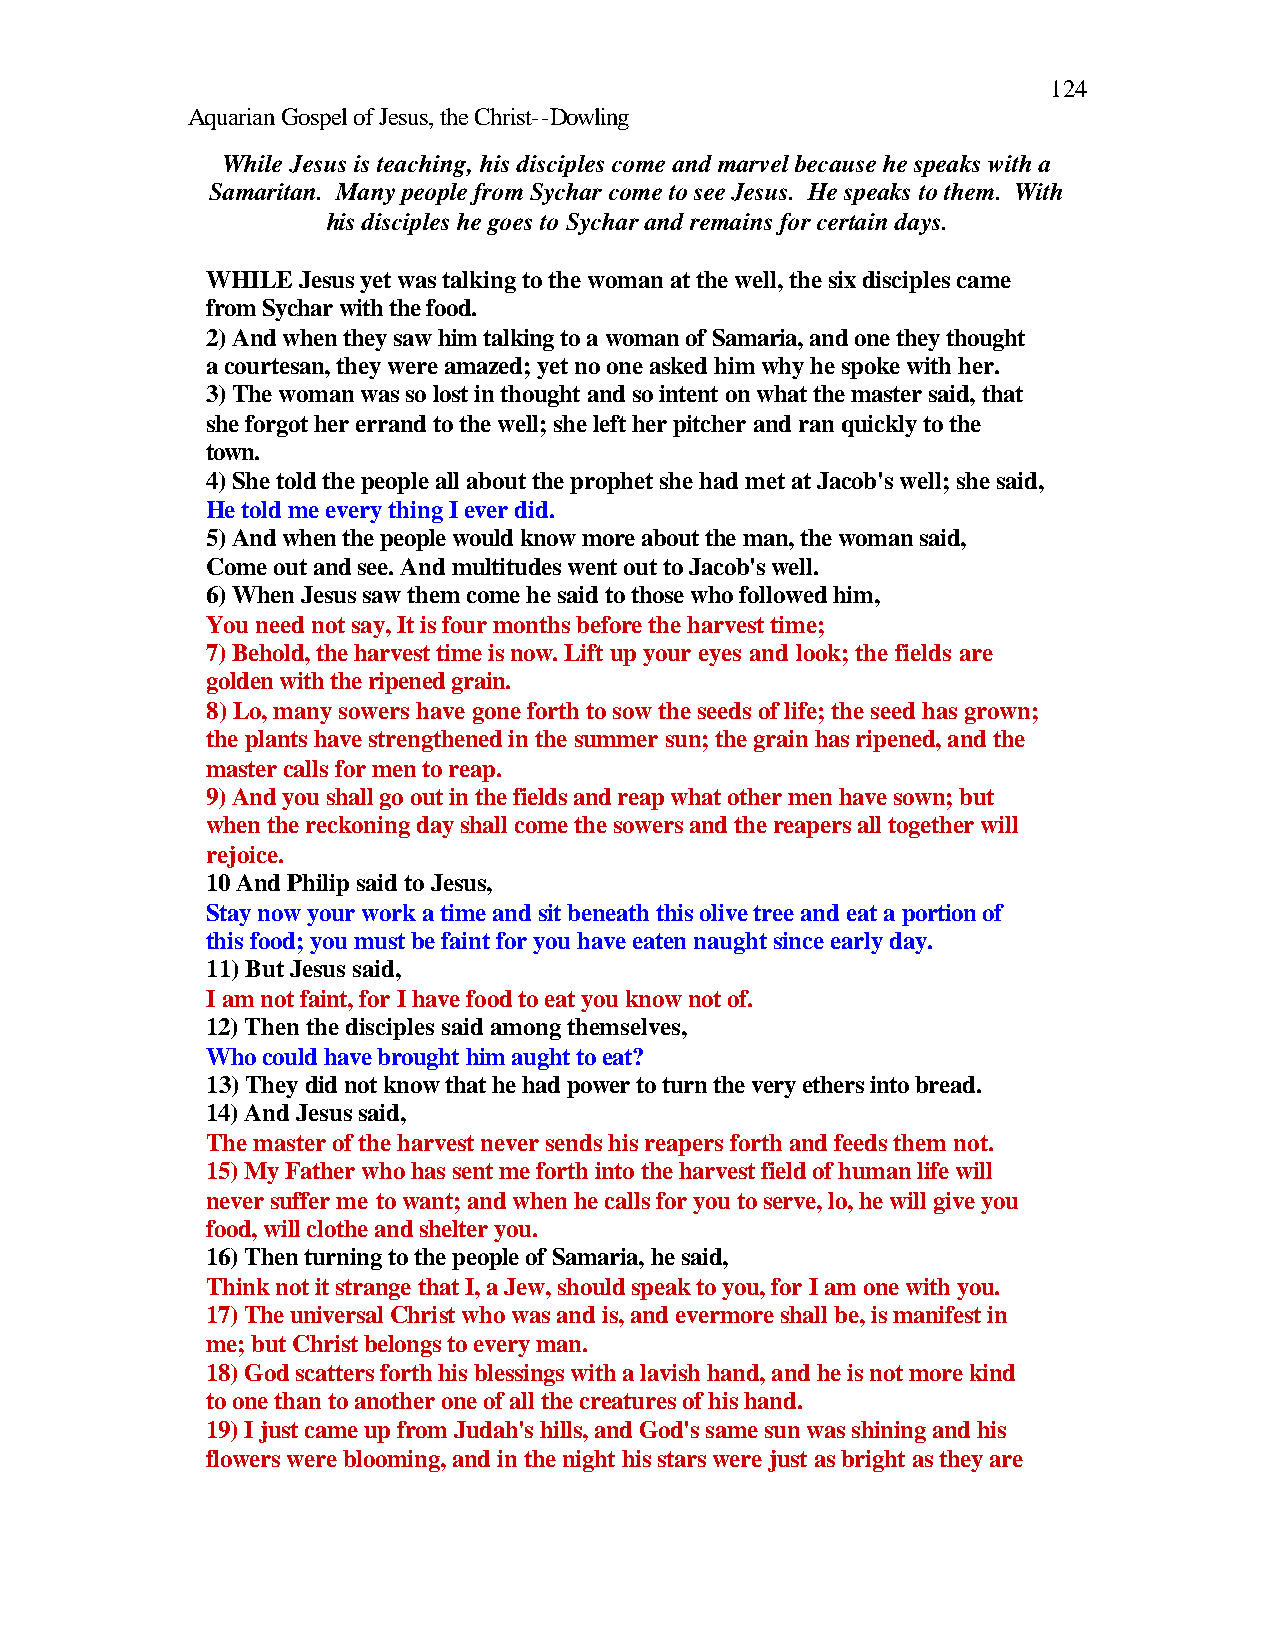
124
 Aquarian Gospel of Jesus, the Christ--Dowling
 While Jesus is teaching, his disciples come and marvel because he speaks with a
 Samaritan. Many people from Sychar come to see Jesus. He speaks to them. With
 his disciples he goes to Sychar and remains for certain days.
 WHILE Jesus yet was talking to the woman at the well, the six disciples came
 from Sychar with the food.
 2) And when they saw him talking to a woman of Samaria, and one they thought
 a courtesan, they were amazed; yet no one asked him why he spoke with her.
 3) The woman was so lost in thought and so intent on what the master said, that
 she forgot her errand to the well; she left her pitcher and ran quickly to the
 town.
 4) She told the people all about the prophet she had met at Jacob's well; she said,
 He told me every thing I ever did.
 5) And when the people would know more about the man, the woman said,
 Come out and see. And multitudes went out to Jacob's well.
 6) When Jesus saw them come he said to those who followed him,
 You need not say, It is four months before the harvest time;
 7) Behold, the harvest time is now. Lift up your eyes and look; the fields are
 golden with the ripened grain.
 8) Lo, many sowers have gone forth to sow the seeds of life; the seed has grown;
 the plants have strengthened in the summer sun; the grain has ripened, and the
 master calls for men to reap.
 9) And you shall go out in the fields and reap what other men have sown; but
 when the reckoning day shall come the sowers and the reapers all together will
 rejoice.
 10 And Philip said to Jesus,
 Stay now your work a time and sit beneath this olive tree and eat a portion of
 this food; you must be faint for you have eaten naught since early day.
 11) But Jesus said,
 I am not faint, for I have food to eat you know not of.
 12) Then the disciples said among themselves,
 Who could have brought him aught to eat?
 13) They did not know that he had power to turn the very ethers into bread.
 14) And Jesus said,
 The master of the harvest never sends his reapers forth and feeds them not.
 15) My Father who has sent me forth into the harvest field of human life will
 never suffer me to want; and when he calls for you to serve, lo, he will give you
 food, will clothe and shelter you.
 16) Then turning to the people of Samaria, he said,
 Think not it strange that I, a Jew, should speak to you, for I am one with you.
 17) The universal Christ who was and is, and evermore shall be, is manifest in
 me; but Christ belongs to every man.
 18) God scatters forth his blessings with a lavish hand, and he is not more kind
 to one than to another one of all the creatures of his hand.
 19) I just came up from Judah's hills, and God's same sun was shining and his
 flowers were blooming, and in the night his stars were just as bright as they are